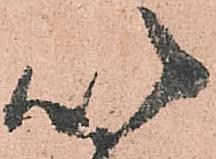
以